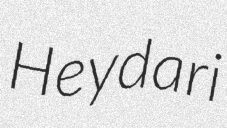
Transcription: Heydari